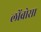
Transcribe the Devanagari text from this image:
लोंब्रोसा